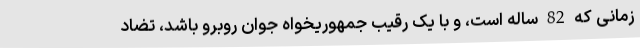
زمانی که 82 ساله است، و با یک رقیب جمهوریخواه جوان روبرو باشد، تضاد